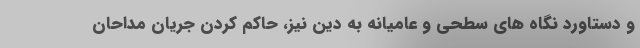
و دستاورد نگاه های سطحی و عامیانه به دین نیز، حاکم کردن جریان مداحان